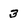
Character: 3